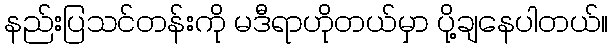
နည်းပြသင်တန်းကို မဒီရာဟိုတယ်မှာ ပို့ချနေပါတယ်။